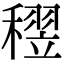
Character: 𥡪